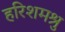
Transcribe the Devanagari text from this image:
हरिशमश्रु